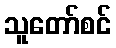
သူတော်စင်